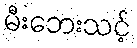
မီးဘေးသင့်